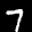
Label: 7